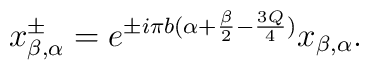
x^\pm_{\beta,\alpha}=  e^{\pm i\pi b(\alpha+\frac{\beta}{2}-\frac{3Q}{4})}x_{\beta,\alpha}.